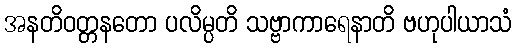
အနတိဝတ္တနတော ပလိမ္ပတိ သဗ္ဗာကာရေနာတိ ဗဟုပါယာသံ